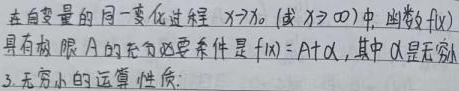
在自变量的同一变化过程 \(x \to x_{0}\)（或\(x \to \infty\)）中，函数\(f(x)\)具有极限\(A\)的充要条件是\(f(x)=A + \alpha\)，其中\(\alpha\)是无穷小。

3. 无穷小的运算性质: